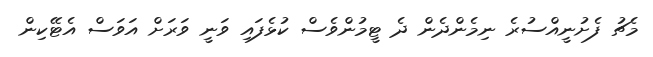
މެޗު ފެށުނީއްސުރެ ނިމެންދެން ދެ ޓީމުންވެސް ކުޅެފައި ވަނީ ވަރަށް އަވަސް އެޓޭކިން